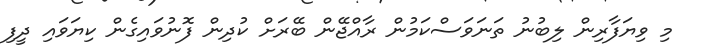
މި ވިޔަފާރިން ލިބުނު ތަނަވަސްކަމުން ރާއްޖޭން ބޭރަށް ކުދިން ފޮނުވައިގެން ކިޔަވައި ދީފި